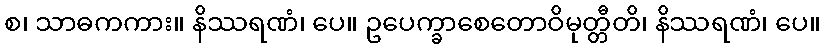
စ၊ သာဓကကား။ နိဿရဏံ၊ ပေ။ ဥပေက္ခာစေတောဝိမုတ္တီတိ၊ နိဿရဏံ၊ ပေ။